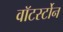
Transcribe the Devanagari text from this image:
वाॅटर्स्टोन